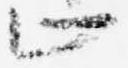
止